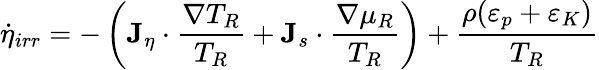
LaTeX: \dot{\eta}_{irr}=-\left({\mathbf J}_{\eta}\cdot\frac{\nabla T_{R}}{T_{R}}+{\mathbf J}_{s}\cdot\frac{\nabla\mu_{R}}{T_{R}}\right)+\frac{\rho(\varepsilon_{p}+\varepsilon_{K})}{T_{R}}